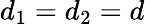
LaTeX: d_{1}=d_{2}=d